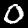
Digit: 0